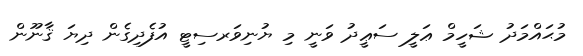
މުޙައްމަދު ޝަހީމް ޢަލީ ސަޢީދު ވަނީ މި ޔުނިވަރސިޓީ އުފެދިގެން ދިޔަ ޤާނޫން